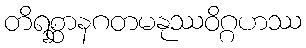
တိရစ္ဆာနဂတမနုဿဝိဂ္ဂဟဿ